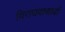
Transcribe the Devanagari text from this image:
विराघवाचार्या